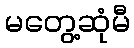
မတွေ့ဆုံမီ